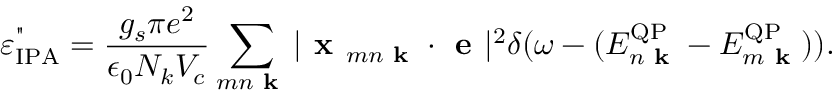
\varepsilon _ { \mathrm { I P A } } ^ { " } = \frac { g _ { s } \pi e ^ { 2 } } { \epsilon _ { 0 } N _ { k } V _ { c } } \sum _ { m n \textbf { k } } | \textbf { x } _ { m n \textbf { k } } \cdot \textbf { e } | ^ { 2 } \delta ( \omega - ( E _ { n \textbf { k } } ^ { \mathrm { Q P } } - E _ { m \textbf { k } } ^ { \mathrm { Q P } } ) ) .